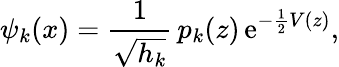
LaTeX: \psi_{k}(x)={\frac{1}{\sqrt{h_{k}}}}\, p_{k}(z)\, \mathrm{{e}}^{-{\frac{1}{2}}V(z)},